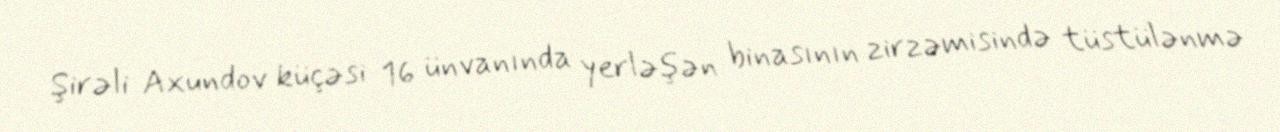
Şirəli Axundov küçəsi 16 ünvanında yerləşən binasının zirzəmisində tüstülənmə